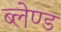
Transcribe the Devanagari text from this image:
ब्लेण्ड